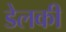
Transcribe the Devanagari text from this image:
डेलकी